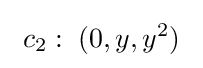
\ c_{2}:\;(0,y,y^{2})\